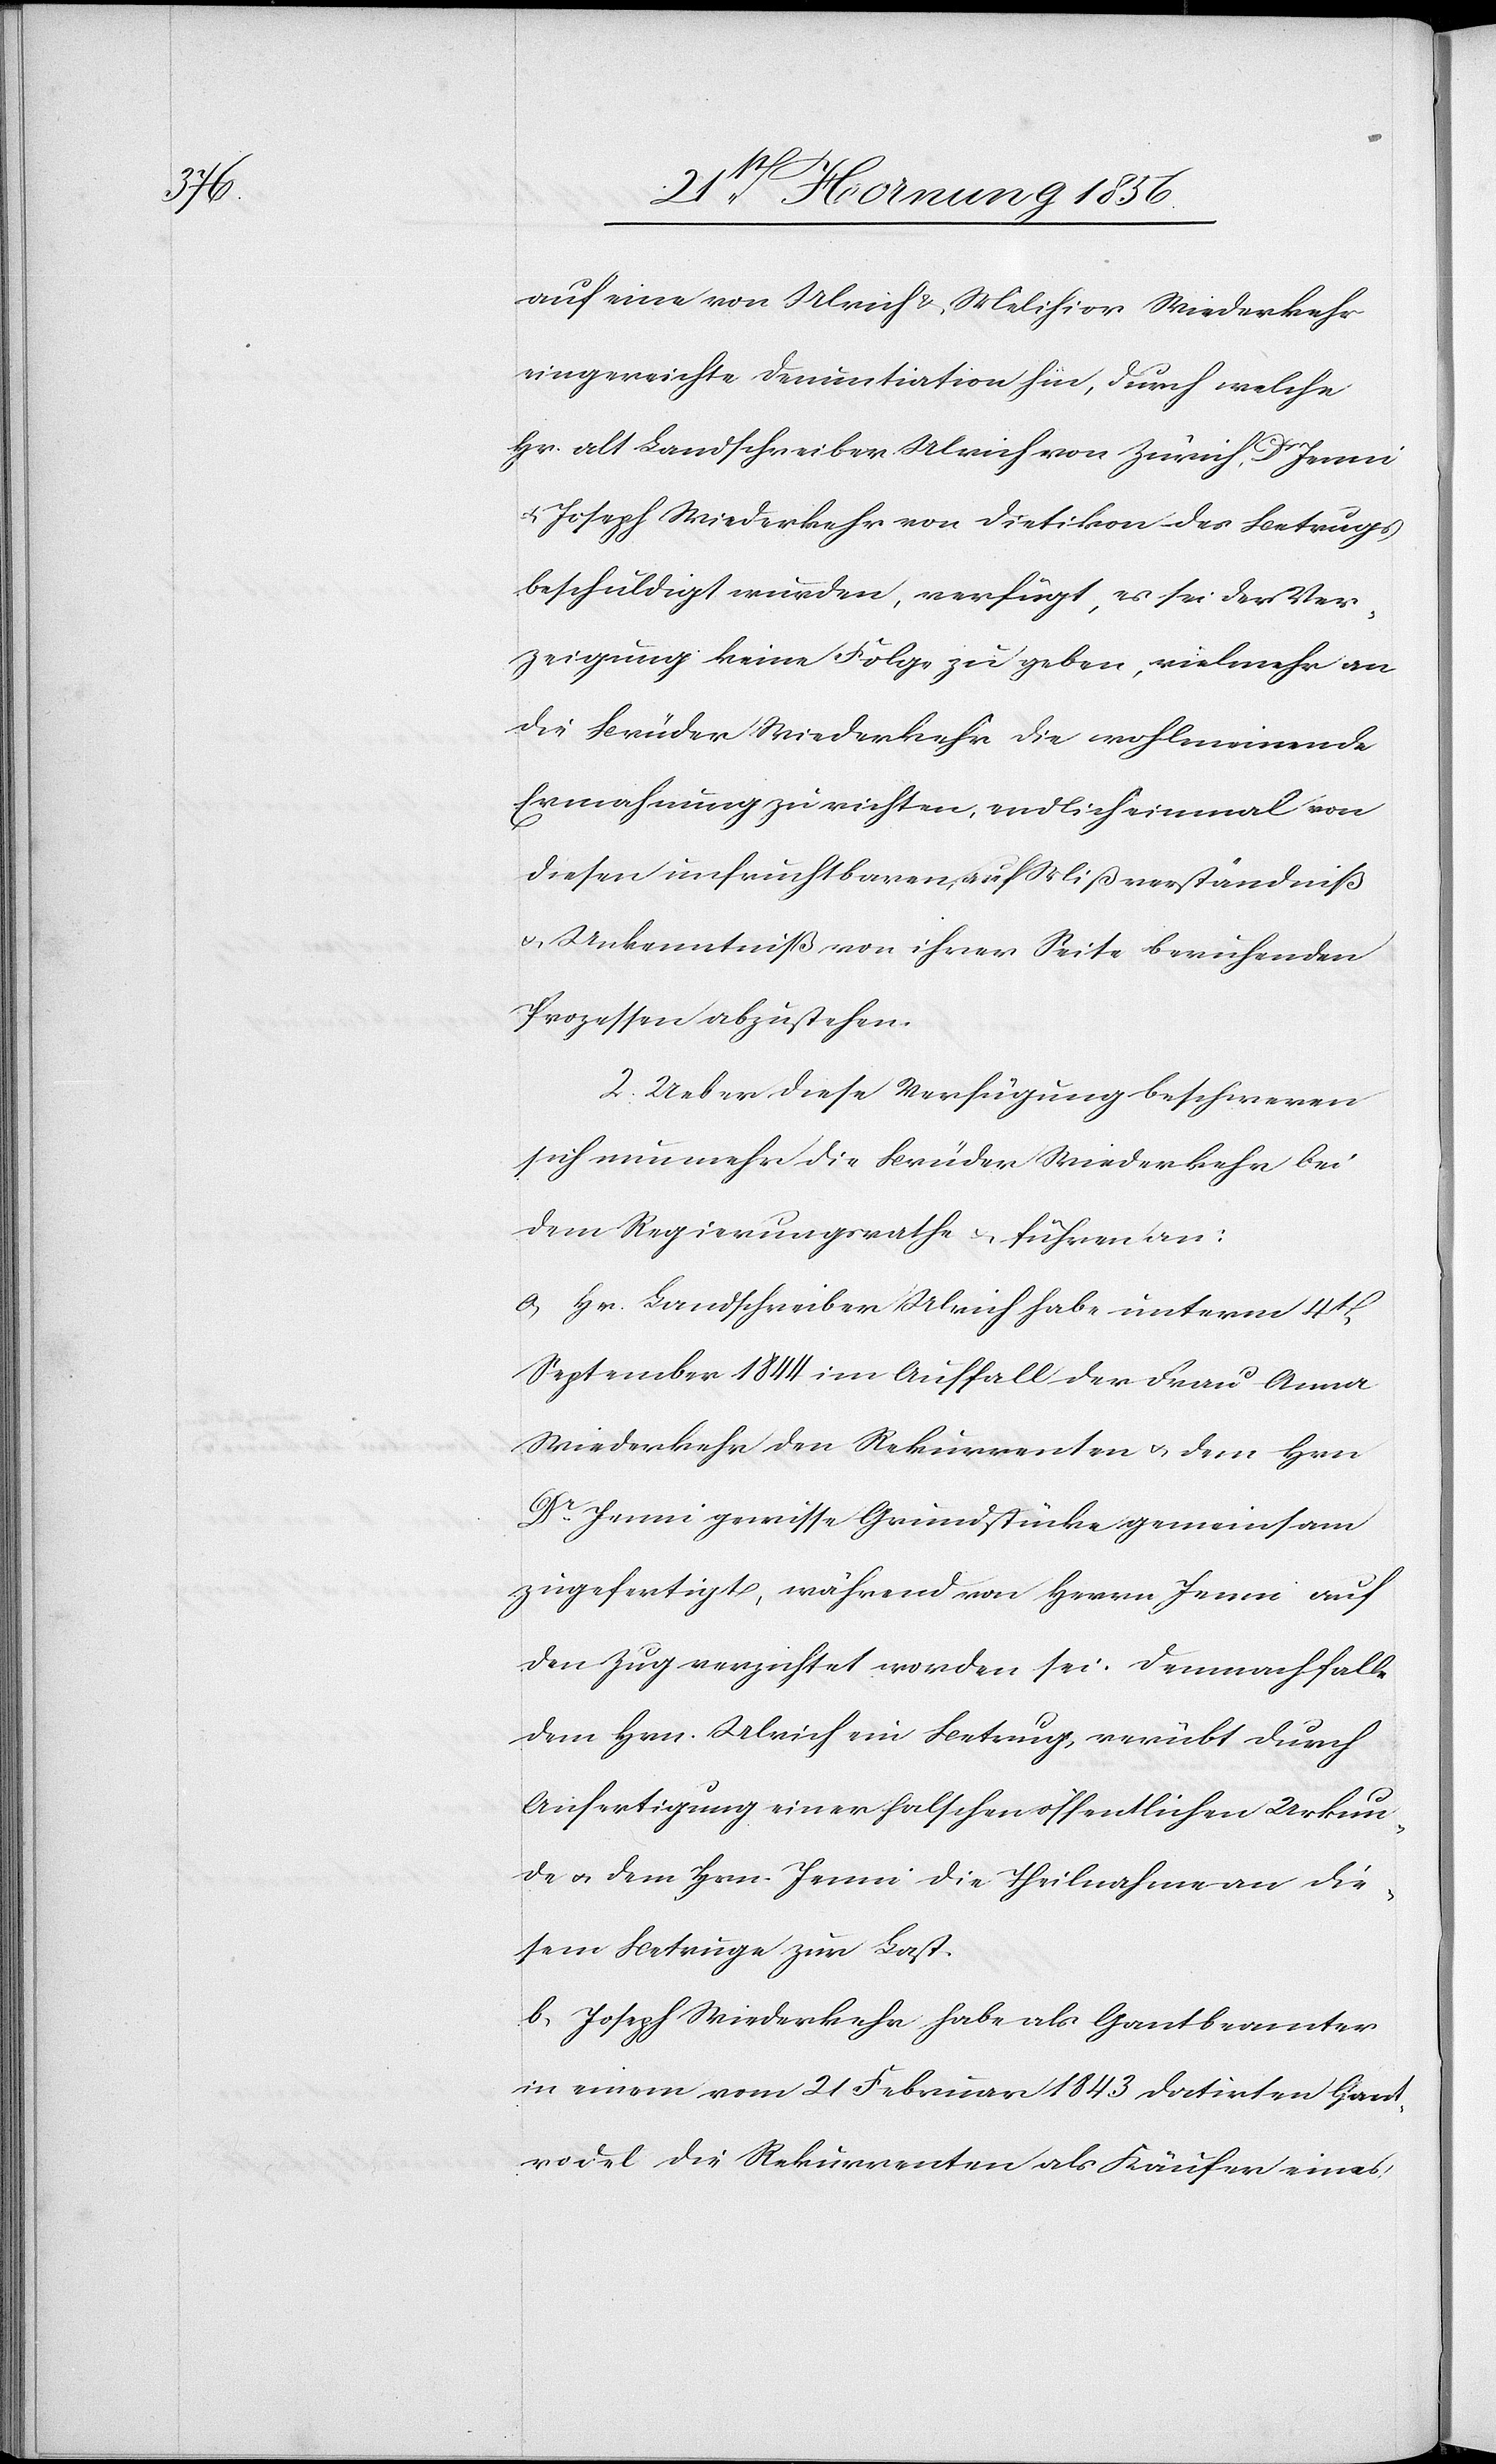
auf eine von Ulrich & Melihior [sic!] Wiederkehr
eingereichte Denuntiation hin, durch welche
Hr. alt Landschreiber Ulrich von Zürich, Dr Jenni
Joseph Wiederkehr von Dietikon des Betrugs
beschuldigt wurden, verfügt, es sei der Ver¬
zeigung keine Folge zu geben, vielmehr an
die Brüder Wiederkehr die wohlmeinende
Ermahnung zu richten, endlich einmal von
diesen unfruchtbaren, auf Mißverständniß
u. Unkenntniß von ihrer Seite beruhenden
Prozessen abzustehen.
2. Ueber diese Verfügung beschweren
sich nunmehr die Brüder Wiederkehr bei
dem Regierungsrathe u. führen an:
a, Hr. Landschreiber Ulrich habe unterm 4t
September 1844 im Auffall der Frau Anna
Wiederkehr den Rekurrenten u. dem Hrn
Dr Jenni gewisse Grundstücke gemeinsam
zugefertigt, während von Herrn Jenni auf
den Zug verzichtet worden sei. Demnach falle
dem Hrn. Ulrich ein Betrug, verübt durch
Anfertigung einer falschen öffentlichen Urkun¬
de u. dem Hrn. Jenni die Theilnahme an die¬
sem Betruge zur Last.
b, Jospeh Wiederkehr habe als Gantbeamter
in einem vom 21 Februar 1843 datirten Gant¬
rodel die Rekurrenten als Käufer eines